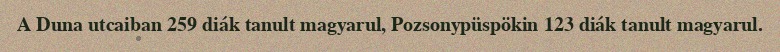
A Duna utcaiban 259 diák tanult magyarul, Pozsonypüspökin 123 diák tanult magyarul.